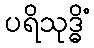
ပရိသုဒ္ဓိံ